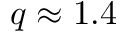
q \approx 1 . 4